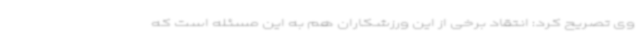
وی تصریح کرد: انتقاد برخی از این ورزشکاران هم به این مسئله است که